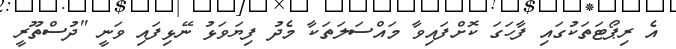
އެ ރިޕޯޓަތަކުގައި ފާހަގަ ކޮށްފައިވާ މައްސަލަތަކާ މެދު ފިޔަވަޅު ނޭޅިފައި ވަނީ "ދުސްތޫރީ